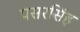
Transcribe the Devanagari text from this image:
पसरसिंह